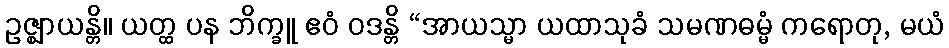
ဥဇ္ဈာယန္တိ။ ယတ္ထ ပန ဘိက္ခူ ဧဝံ ဝဒန္တိ “အာယသ္မာ ယထာသုခံ သမဏဓမ္မံ ကရောတု, မယံ